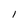
Character: I